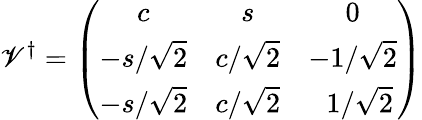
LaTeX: \mathscr{V}^{\dagger}=\left(\begin{array}{ccc}{{c}}&{{s}}&{{0}}\\ {{-s/\sqrt{2}}}&{{c/\sqrt{2}}}&{{-1/\sqrt{2}}}\\ {{-s/\sqrt{2}}}&{{c/\sqrt{2}}}&{{~~1/\sqrt{2}}}\end{array}\right)